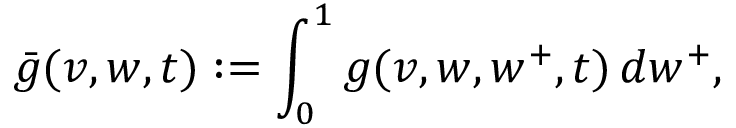
\bar { g } ( v , w , t ) : = \int _ { 0 } ^ { 1 } g ( v , w , w ^ { + } , t ) \, d w ^ { + } ,